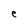
Character: e